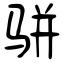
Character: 骈